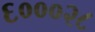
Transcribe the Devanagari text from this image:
६०००२८